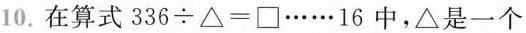
10.在算式336÷△=□……16中，△是一个